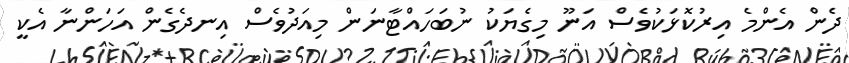
ދެން އެންމެ އިރުކޮޅަކުވެސް އަނޫ މިގެޔަކު ނުބަހައްޓާނަން މިއަދުވެސް އިނދެގެން އަހަންނާ އެކީ